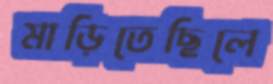
মাড়িতেছিলে